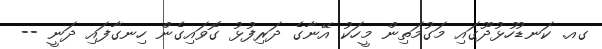
ގއ. ކަނޑުހުޅުދޫގައި މަގުމަތިން މީހަކު އޭނާގެ ދަރިފުޅު ގޮވައިގެން ހިނގާފައި ދަނީ --